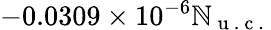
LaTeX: -0.0309\times10^{-6}\mathbb{N}_{\mathrm{{~u~.~c~.~}}}